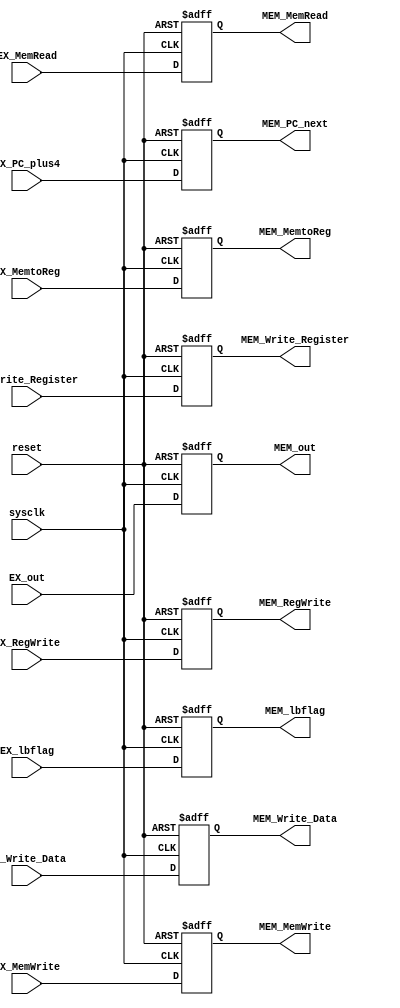
`timescale 1ns / 1ps
module EX_MEM(sysclk, reset,
              EX_MemWrite, EX_MemRead, EX_MemtoReg, 
              EX_RegWrite, EX_lbflag,
              EX_out, EX_PC_plus4,
              EX_Write_Register, EX_Write_Data,
              MEM_MemWrite, MEM_MemRead, MEM_MemtoReg, 
              MEM_RegWrite, MEM_lbflag,
              MEM_out, MEM_PC_next,
              MEM_Write_Register, MEM_Write_Data);
//input signals
input wire sysclk;
input wire reset;
input wire EX_MemWrite;
input wire EX_MemRead;
input wire [1:0] EX_MemtoReg;
input wire EX_RegWrite;
input wire EX_lbflag;
input wire [31:0] EX_out;
input wire [31:0] EX_PC_plus4;
input wire [4:0] EX_Write_Register;
input wire [31:0] EX_Write_Data;

//output signals           
output reg MEM_MemWrite;
output reg MEM_MemRead;
output reg [1:0] MEM_MemtoReg;
output reg MEM_RegWrite;
output reg MEM_lbflag;
output reg [31:0] MEM_out;
output reg [31:0] MEM_PC_next;
output reg [4:0] MEM_Write_Register;
output reg [31:0] MEM_Write_Data;        
     
always @(posedge sysclk or posedge reset)
begin  
    if(reset)begin
        MEM_MemWrite <= 0;
        MEM_MemRead <= 0;
        MEM_MemtoReg <= 2'b00;
        MEM_RegWrite <= 0;
        MEM_lbflag <= 0;
        MEM_out <= 32'b0;
        MEM_PC_next <= 32'b0;
        MEM_Write_Register <= 5'b00000;
        MEM_Write_Data <= 32'b0;
     end
     else begin
        MEM_MemWrite <= EX_MemWrite;
        MEM_MemRead <= EX_MemRead;
        MEM_MemtoReg <= EX_MemtoReg;
        MEM_RegWrite <= EX_RegWrite;
        MEM_lbflag <= EX_lbflag;
        MEM_out <= EX_out;
        MEM_PC_next <= EX_PC_plus4;
        MEM_Write_Register <= EX_Write_Register;
        MEM_Write_Data <= EX_Write_Data;        
     end            
end             
endmodule